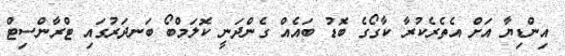
އިންޑިޔާ އަށް އެތެރެކުރާ ކާގޯގެ ބޮޑު ބައެއް ގެންދަނީ ކޮލަމްބޯ ބަނދަރުގައި ޓްރާންސިޓް